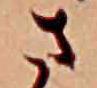
さ